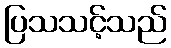
ပြသသင့်သည်